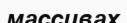
массивах